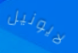
لايونيل